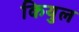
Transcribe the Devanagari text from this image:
कियुल